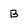
Character: B